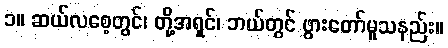
၁။ ဆယ်လစေ့တွင်၊ တို့အရှင်၊ ဘယ်တွင် ဖွားတော်မူသနည်း။